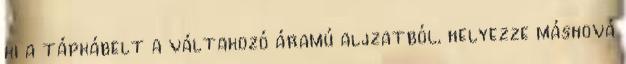
ki a tápkábelt a váltakozó áramú aljzatból, helyezze máshová